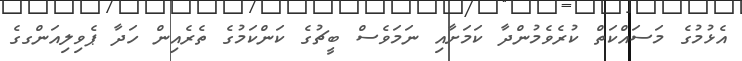
އެޅުމުގެ މަސައްކަތް ކުރެވެމުންދާ ކަމަށާއި ނަމަވެސް ބީޗުގެ ކަންކަމުގެ ތެރެއިން ހަދާ ޕެވިލިއަންގގެ